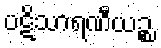
ပဋိသာရဏီယဉ္စ